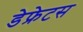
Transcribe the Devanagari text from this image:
डेफ्रेटस